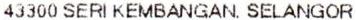
43300 SERI KEMBANGAN, SELANGOR